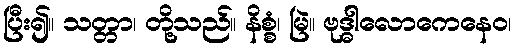
ပြီး၍။ သတ္တာ၊ တို့သည်။ နိစ္စံ၊ မြဲ။ ဗုဒ္ဓါလောကေနေဝ၊